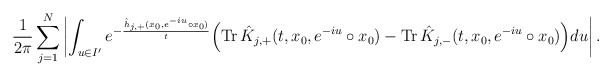
\begin{align*}\frac{1}{2\pi}\sum^N_{j=1}\left\vert \int_{u\in I'}e^{-\frac{\hat h_{j,+}(x_0,e^{-iu}\circ x_0)}{t}}\Bigr(\mathrm{Tr\,}\hat K_{j,+}(t,x_0,e^{-iu}\circ x_0)-\mathrm{Tr\,}\hat K_{j,-}(t,x_0,e^{-iu}\circ x_0)\Bigr)du\right\vert. \end{align*}